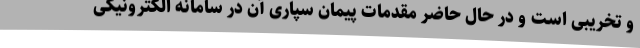
و تخریبی است و در حال حاضر مقدمات پیمان سپاری آن در سامانه الکترونیکی